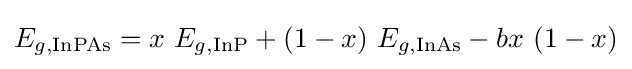
E_{g,\mathrm {InPAs} }=x\ E_{g,\mathrm {InP} }+(1-x)\ E_{g,\mathrm {InAs} }-bx\ (1-x)